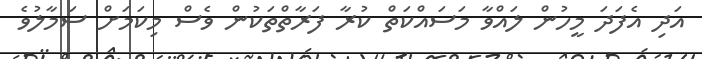
އަދި އެފަދަ މީހުން ލައްވާ މަސައްކަތް ކުރާ ފަރާތްތަކުން ވެސް މިކަމަށް ސަމާލުވެ